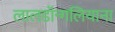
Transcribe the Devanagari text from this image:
लालडॉन्गलियाना